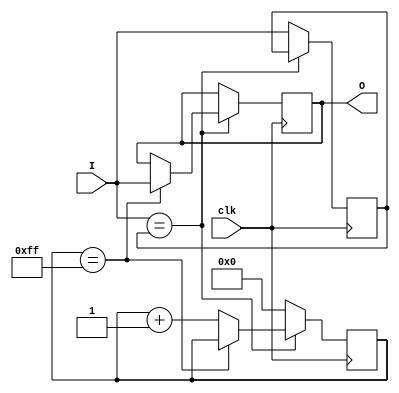
`timescale 1ns / 1ps
//////////////////////////////////////////////////////////////////////////////////
// Company: 
// Engineer: 
// 
// Design Name: 
// Module Name: debouncer
// Project Name: 
// Target Devices: 
// Tool Versions: 
// Description: 
// 
// Dependencies: 
// 
// Revision:
// Revision 0.01 - File Created
// Additional Comments:
// 
//////////////////////////////////////////////////////////////////////////////////

module debouncer(
    input clk,
    input I,
    output reg O = 0
    );
    parameter COUNT_MAX=255, COUNT_WIDTH=8;
    reg [COUNT_WIDTH-1:0] count;
    reg Iv=0;
    always@(posedge clk)
        if (I == Iv) begin
            if (count == COUNT_MAX)
                O <= I;
            else
                count <= count + 1'b1;
        end else begin
            count <= 'b0;
            Iv <= I;
        end
    
endmodule